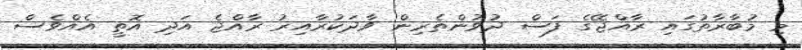
މި މުބާރާތުގައި ރާއްޖޭގެ ފަސް ދުވުންތެރިން ވާދަކުރާއިރު ރާއްޖެ އަދި އޮތީ އެއްވެސް